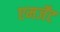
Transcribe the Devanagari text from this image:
एमर्जेंट